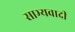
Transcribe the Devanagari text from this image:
साभ्यवादी